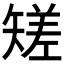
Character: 𥏺